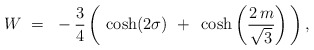
\begin{align*}W ~=~ -{3 \over 4}\,\bigg(\,\cosh(2 \sigma) ~+~ \cosh\bigg({2\,m \over \sqrt{3}} \bigg) \,\bigg) \,,\end{align*}